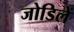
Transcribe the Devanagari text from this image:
जोडिलें